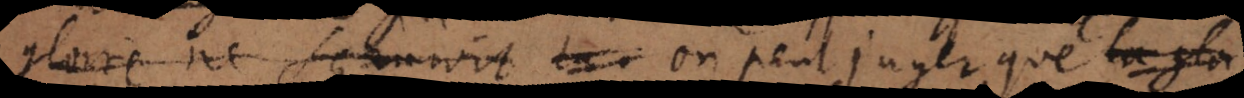
gloire ne sçauroit on peut juger que la gloi